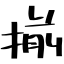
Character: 揃